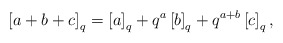
\begin{align*}\left[a+b+c\right]_{q}=\left[a\right]_{q}+q^{a}\left[b\right]_{q}+q^{a+b}\left[c\right]_{q},\end{align*}